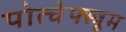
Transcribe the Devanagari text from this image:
पोत्चेफ्स्त्रूम